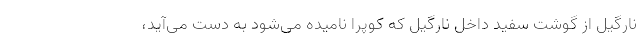
نارگیل از گوشت سفید داخل نارگیل که کوپرا نامیده می‌شود به دست می‌آید،